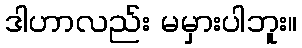
ဒါဟာလည်း မမှားပါဘူး။